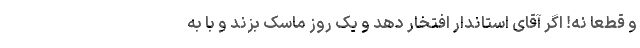
و قطعاً نه! اگر آقای استاندار افتخار دهد و یک روز ماسک بزند و با به